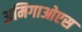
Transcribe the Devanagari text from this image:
अमिगाओएस